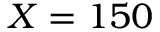
X = 1 5 0